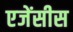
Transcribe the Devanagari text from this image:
एजेंसीस